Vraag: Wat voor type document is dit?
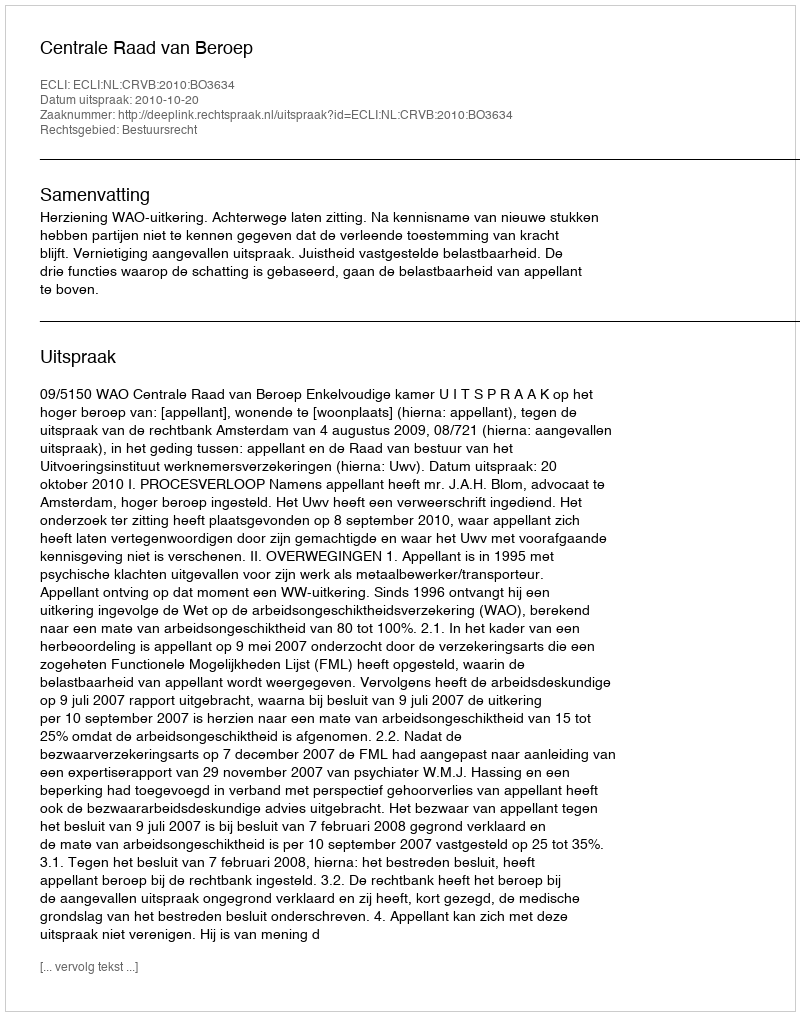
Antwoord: Uitspraak